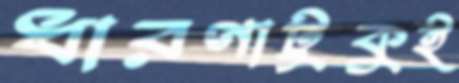
ধারণাটুকুই